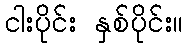
ငါးပိုင်း နှစ်ပိုင်း။